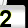
Digit: 2